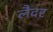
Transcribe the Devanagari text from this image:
लैदर